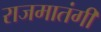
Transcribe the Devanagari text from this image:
राजमातंगी